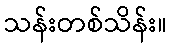
သန်းတစ်သိန်း။